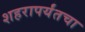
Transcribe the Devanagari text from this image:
शहरापर्यंतचा